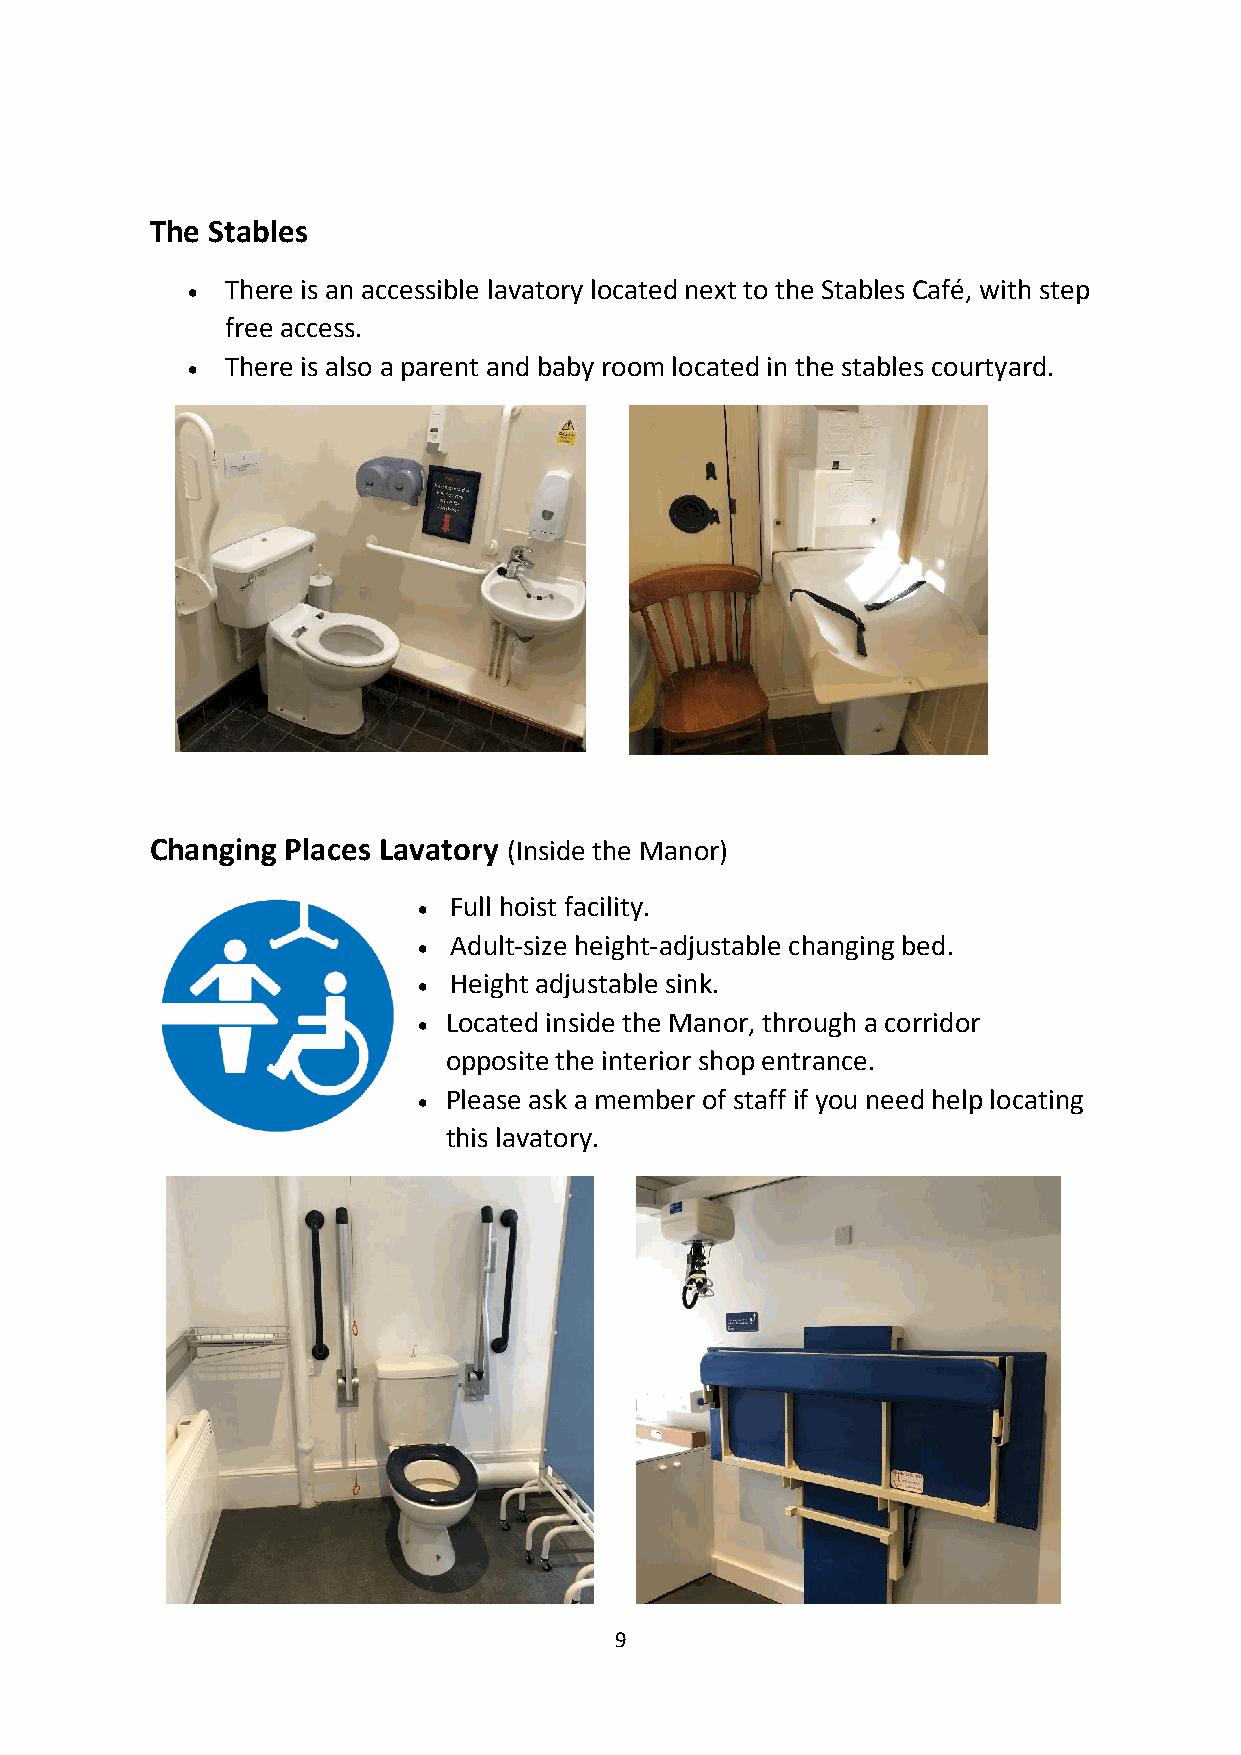
The Stables
   There is an accessible lavatory located next to the Stables Café, with step
 free access.
   There is also a parent and baby room located in the stables courtyard.
 Changing Places Lavatory (Inside the Manor)
  Full hoist facility.
  Adult-size height-adjustable changing bed.
  Height adjustable sink.
  Located inside the Manor, through a corridor
 opposite the interior shop entrance.
  Please ask a member of staff if you need help locating
 this lavatory.
 9